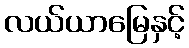
လယ်ယာမြေနှင့်